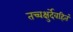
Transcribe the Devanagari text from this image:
तच्चक्षुर्देवहितं